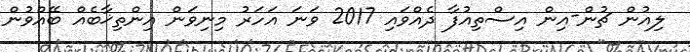
ލިއުން ޗުން-އިން އިސްތިއުފާ ދެއްވައި 2017 ވަނަ އަހަރު މިނިވަން އިންތިޚާބެއް ބޭއްވުން